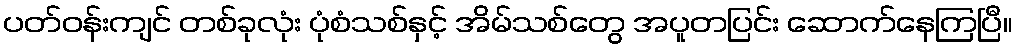
ပတ်ဝန်းကျင် တစ်ခုလုံး ပုံစံသစ်နှင့် အိမ်သစ်တွေ အပူတပြင်း ဆောက်နေကြပြီ။